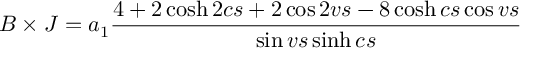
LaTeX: B \times J = a _ { 1 } \frac { 4 + 2 \cosh 2 c s + 2 \cos 2 v s - 8 \cosh c s \cos v s } { \sin v s \sinh c s }